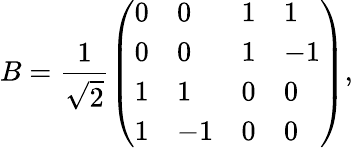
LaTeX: B=\frac{1}{\sqrt{2}}\left(\begin{array}{llll}{0}&{0}&{1}&{1}\\ {0}&{0}&{1}&{-1}\\ {1}&{1}&{0}&{0}\\ {1}&{-1}&{0}&{0}\end{array}\right),